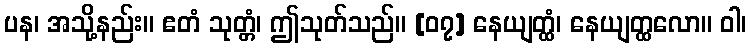
ပန၊ အသို့နည်း။ ဧတံ သုတ္တံ၊ ဤသုတ်သည်။ [၀၇] နေယျတ္ထံ၊ နေယျတ္ထလော။ ဝါ၊